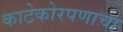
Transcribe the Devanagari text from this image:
काटेकोरपणाचा